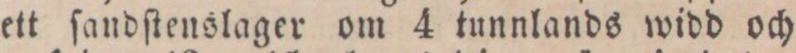
ett ſandſtenslager om 4 tunnlands widd och